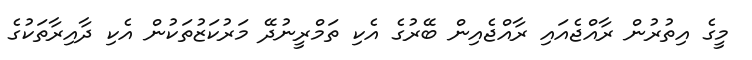
މީގެ އިތުރުން ރާއްޖެއައި ރާއްޖެއިން ބޭރުގެ އެކި ތަމްރީނުދޭ މަރުކަޒުތަކުން އެކި ދާއިރާތަކުގެ